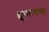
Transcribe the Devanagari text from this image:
ह्युएन्संगाच्या